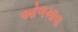
ઓળખાવા